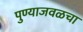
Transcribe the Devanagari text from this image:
पुण्याजवळचा